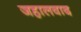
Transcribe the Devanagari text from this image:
जहालवाद